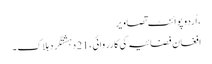
، اُردو پوائنٹ تصاویر
افغان فضائیہ کی کارروائی ، 21 دہشتگرد ہلاک ۔